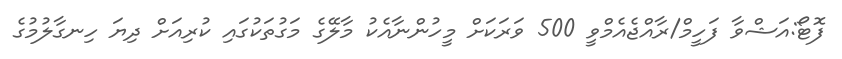
ފޮޓޯ:އަޝްވާ ފަހީމް/ރާއްޖެއެމްވީ 500 ވަރަކަށް މީހުންނާއެކު މާލޭގެ މަގުތަކުގައި ކުރިއަށް ދިޔަ ހިނގާލުމުގެ